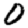
Digit: 0